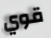
قوي